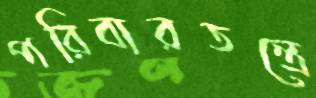
পরিবারতন্ত্রে